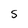
Character: S